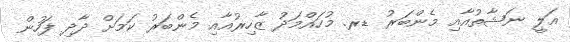
އަލީ ނަޝާތުއާއި މެންބަރު ޑރ. މުހައްމަދު ޒާހިރުއާއި މެންބަރު ކަމަށް ދާދި ފަހުން